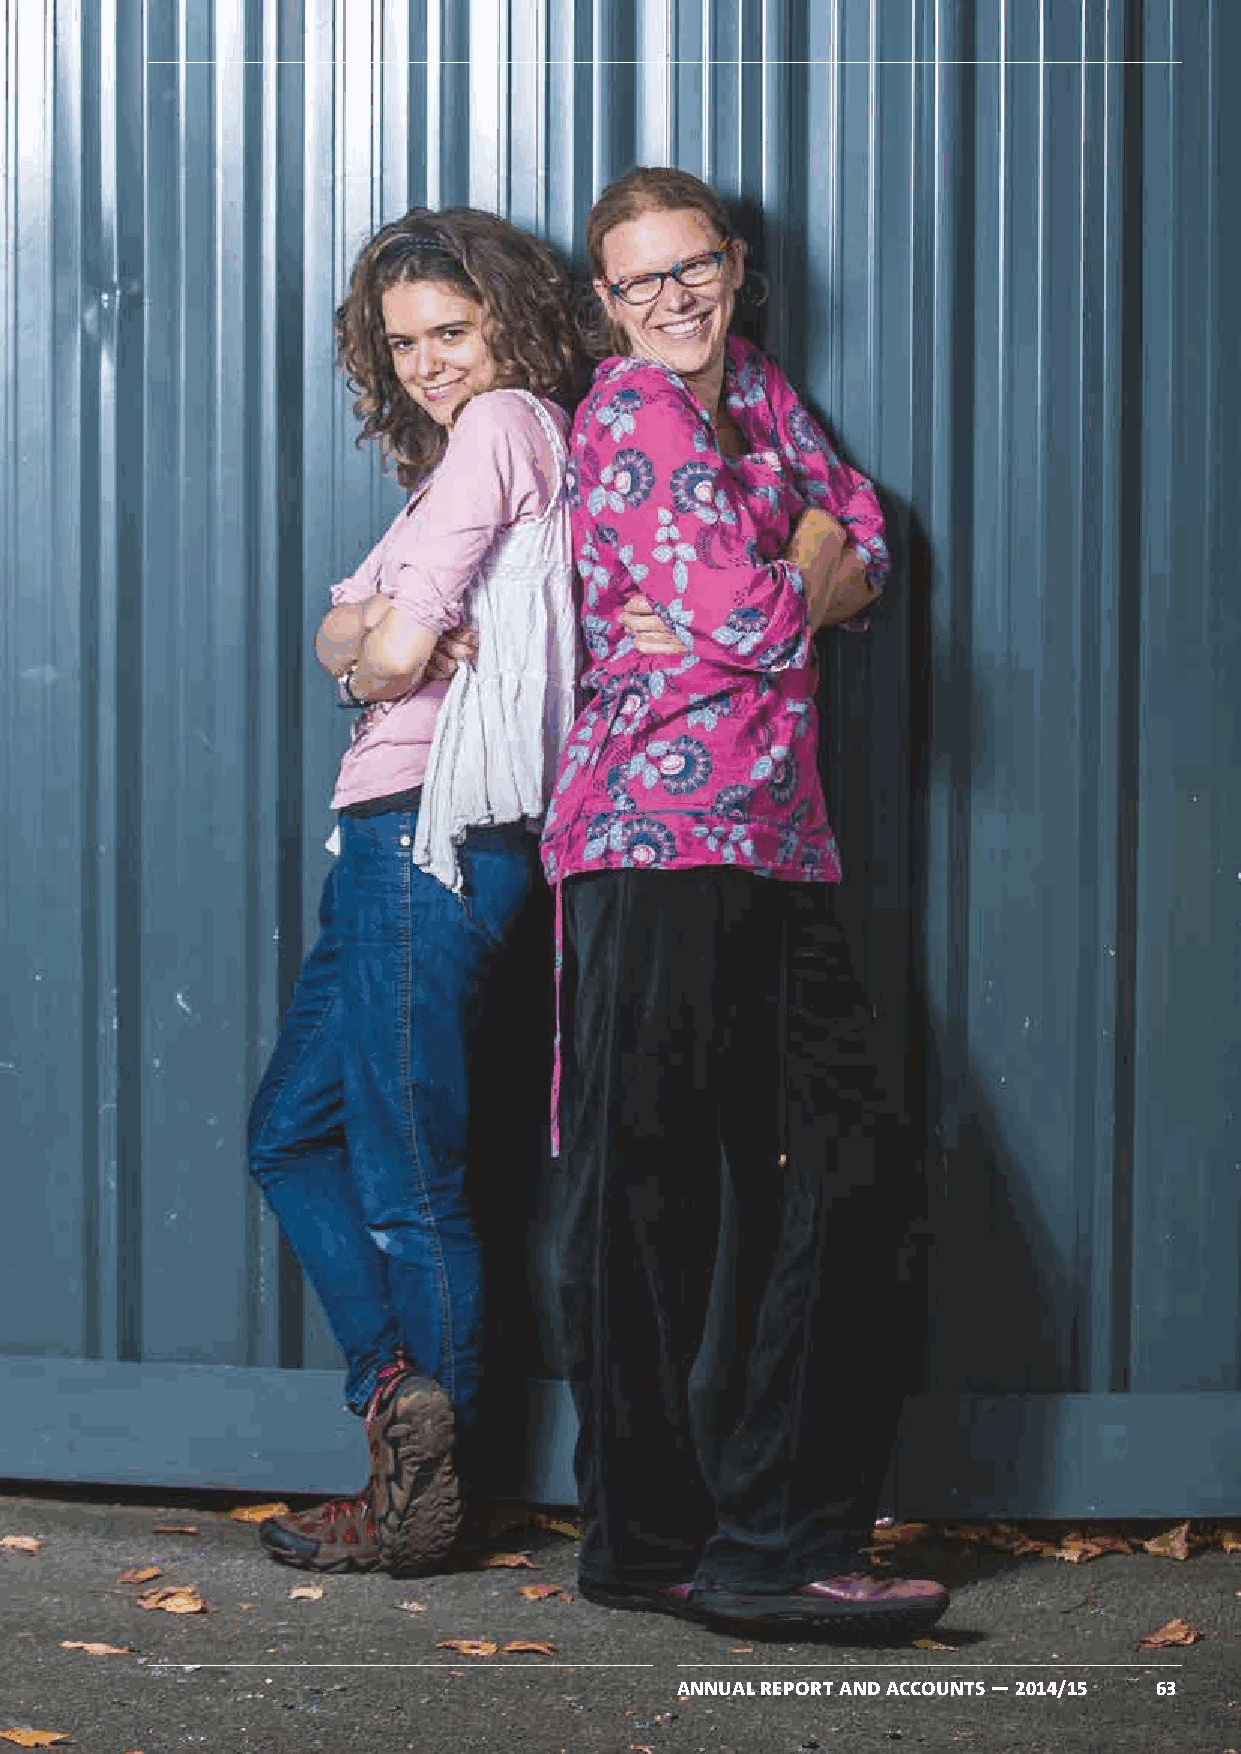
4
 Financial Statements
 ANNUAL REPORT AND ACCOUNTS — 2014/15 63